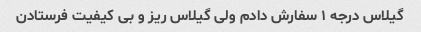
گیلاس درجه ١ سفارش دادم ولی گیلاس ریز و بی کیفیت فرستادن